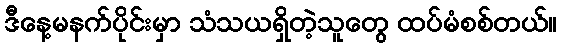
ဒီနေ့မနက်ပိုင်းမှာ သံသယရှိတဲ့သူတွေ ထပ်မံစစ်တယ်။